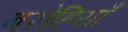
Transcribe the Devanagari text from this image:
बरोहियाँ